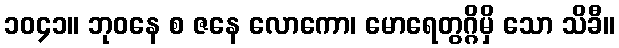
၁၀၄၁။ ဘုဝနေ စ ဇနေ လောကော၊ မောရေတွဂ္ဂိမှိ သော သိခီ။